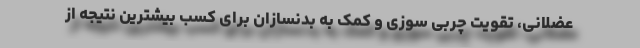
عضلانی، تقویت چربی سوزی و کمک به بدنسازان برای کسب بیشترین نتیجه از